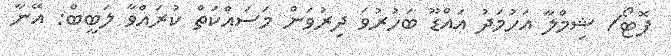
ފޮޓޯ/ ޝިމްލާ އަހުމަދު އައްޑޫ ބަހުރުވަ ދިރުވަން މަސައްކަތް ކުރައްވާ ލަބީބް: އޭނާ